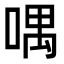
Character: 喁